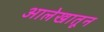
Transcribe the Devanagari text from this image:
आलेखातून